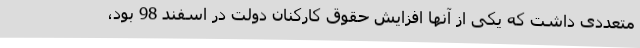
متعددی داشت که یکی از آنها افزایش حقوق کارکنان دولت در اسفند 98 بود،